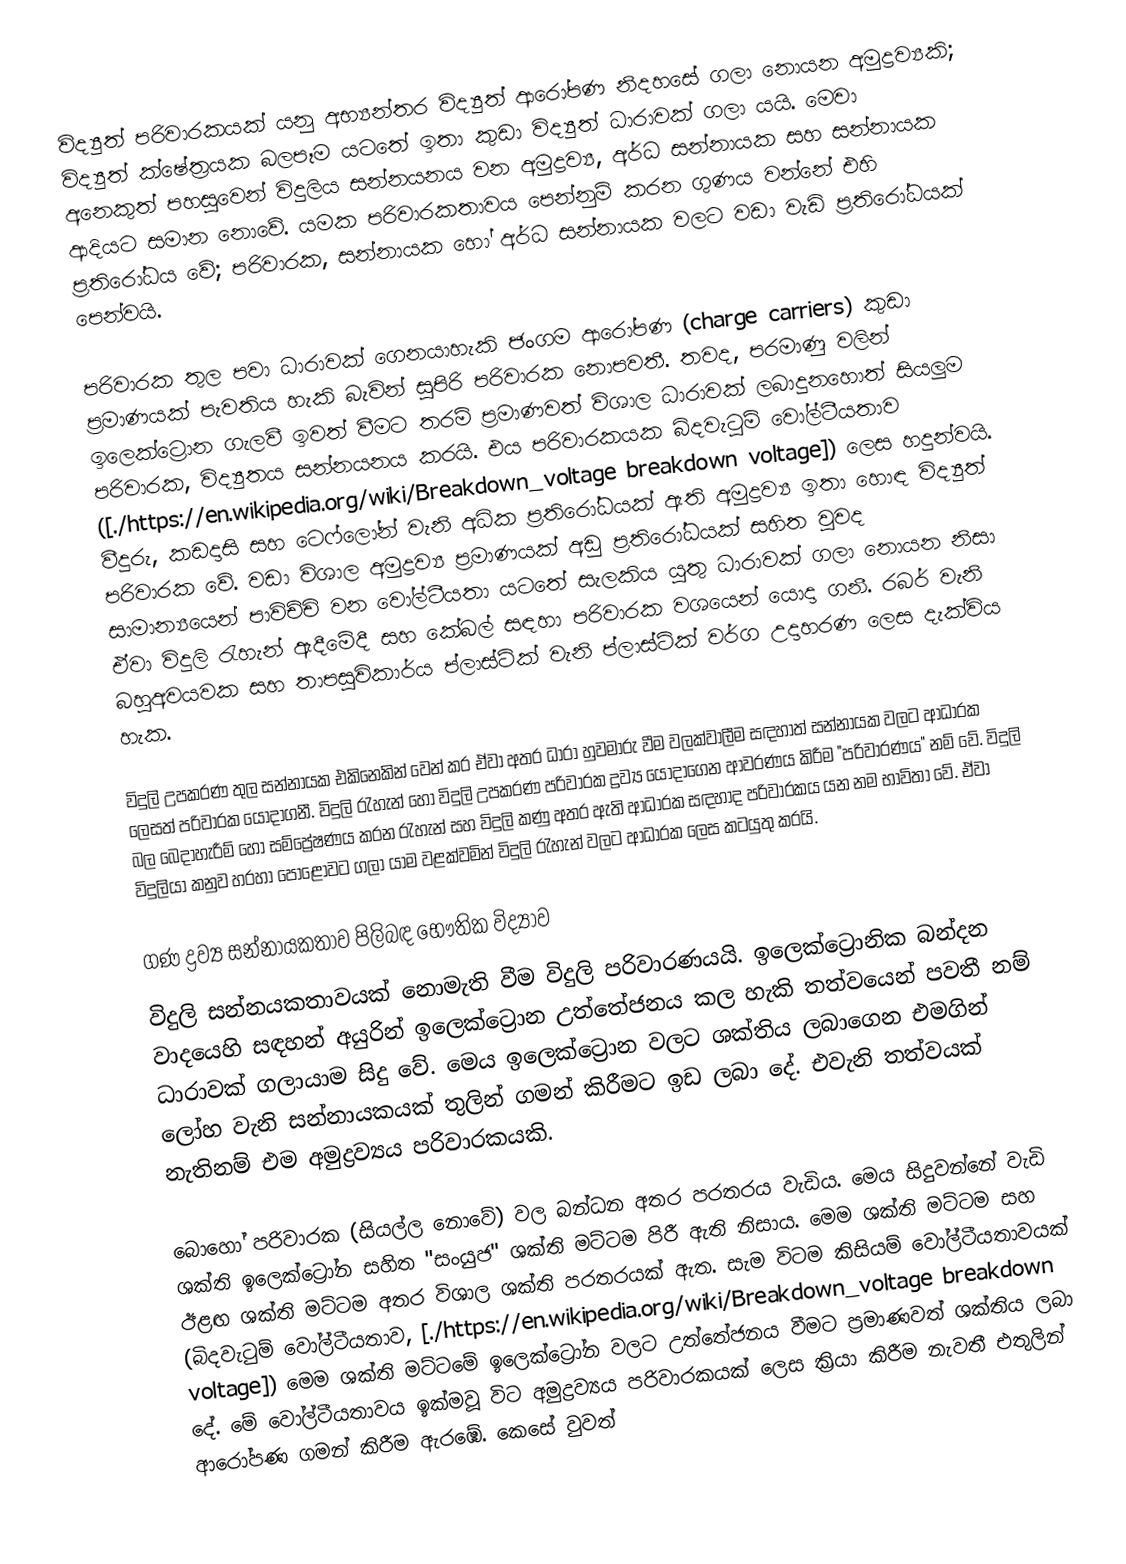
විද්‍යුත් පරිවාරකයක් යනු අභ්‍යන්තර විද්‍යුත් ආරෝපණ නිදහසේ ගලා නොයන අමුද්‍රව්‍යකි; විද්‍යුත් ක්ෂේත්‍රයක බලපෑම යටතේ ඉතා කුඩා විද්‍යුත් ධාරාවක් ගලා යයි. මෙවා අනෙකුත් පහසුවෙන් විදුලිය සන්නයනය වන අමුද්‍රව්‍ය, අර්ධ සන්නායක සහ සන්නායක ආදියට සමාන නොවේ. යමක පරිවාරකතාවය පෙන්නුම් කරන ගුණය වන්නේ එහි ප්‍රතිරෝධය වේ; පරිවාරක, සන්නායක හෝ අර්ධ සන්නායක වලට වඩා වැඩි ප්‍රතිරෝධයක් පෙන්වයි.

පරිවාරක තුල පවා ධාරාවක් ගෙනයාහැකි ජංගම ආරෝපණ (charge carriers) කුඩා ප්‍රමාණයක් පැවතිය හැකි බැවින් සුපිරි පරිවාරක නොපවතී. තවද, පරමාණු වලින් ඉලෙක්ට්‍රොන ගැලවී ඉවත් වීමට තරම් ප්‍රමාණවත් විශාල ධාරාවක් ලබාදුනහොත්  සියලුම පරිවාරක, විද්‍යුතය සන්නයනය කරයි. එය පරිවාරකයක බිදවැටුම් වෝල්ටීයතාව ([./https://en.wikipedia.org/wiki/Breakdown_voltage breakdown voltage]) ලෙස හදුන්වයි. වීදුරු, කඩදාසි සහ ටෙෆ්ලෝන්  වැනි අධික ප්‍රතිරෝධයක් ඇති අමුද්‍රව්‍ය ඉතා හොඳ විද්‍යුත් පරිවාරක වේ. වඩා විශාල අමුද්‍රව්‍ය ප්‍රමාණයක් අඩු ප්‍රතිරෝධයක් සහිත වුවද සාමාන්‍යයෙන් පාවිච්චි වන වෝල්ටීයතා යටතේ සැලකිය යුතු ධාරාවක් ගලා නොයන නිසා ඒවා විදුලි රැහැන් ඇදීමේදී සහ කේබල් සඳහා පරිවාරක වශයෙන් යොදා ගනී. රබර් වැනි බහුඅවයවක සහ තාපසුවිකාර්ය ප්ලාස්ටික් වැනි ප්ලාස්ටික් වර්ග උදාහරණ ලෙස දැක්විය හැක.

විදුලි උපකරණ තුල සන්නායක එකිනෙකින් වෙන් කර ඒවා අතර ධාරා හුවමාරු වීම වලක්වාලීම සඳහාත් සන්නායක වලට ආධාරක ලෙසත් පරිවාරක යොදාගනී. විදුලි රැහැන් හෝ විදුලි උපකරණ පරිවාරක ද්‍රව්‍ය යොදාගෙන ආවරණය කිරීම "පරිවාරණය" නම් වේ. විදුලි බල බෙදාහැරීම් හෝ සම්ප්‍රේෂණය කරන රැහැන් සහ විදුලි කණු අතර ඇති ආධාරක සඳහාද පරිවාරකය යන නම භාවිතා වේ. ඒවා විදුලියා කනුව හරහා පොළොවට ගලා යාම වළක්වමින් විදුලි රැහැන් වලට ආධාරක ලෙස කටයුතු කරයි.

ගණ ද්‍රව්‍ය සන්නායකතාව පිලිබඳ භෞතික විද්‍යාව
විදුලි සන්නයකතාවයක් නොමැති වීම විදුලි පරිවාරණයයි. ඉලෙක්ට්‍රොනික බන්දන වාදයෙහි සඳහන් අයුරින් ඉලෙක්ට්‍රොන උත්තේජනය කල හැකි තත්වයෙන් පවතී නම් ධාරාවක් ගලායාම සිදු වේ. මෙය ඉලෙක්ට්‍රොන වලට ශක්තිය ලබාගෙන එමගින් ලෝහ වැනි සන්නායකයක් තුලින් ගමන් කිරීමට ඉඩ ලබා දේ. එවැනි තත්වයක් නැතිනම් එම අමුද්‍රව්‍යය පරිවාරකයකි.

බොහෝ පරිවාරක (සියල්ල නොවේ) වල බන්ධන අතර පරතරය වැඩිය. මෙය සිදුවන්නේ වැඩි ශක්ති ඉලෙක්ට්‍රෝන සහිත "සංයුජ" ශක්ති මට්ටම පිරී ඇති නිසාය. මෙම ශක්ති මට්ටම සහ ඊළඟ ශක්ති මට්ටම අතර  විශාල ශක්ති පරතරයක් ඇත. සැම විටම කිසියම් වෝල්ටීයතාවයක් (බිදවැටුම් වෝල්ටීයතාව, [./https://en.wikipedia.org/wiki/Breakdown_voltage breakdown voltage]) මෙම ශක්ති මට්ටමේ ඉලෙක්ට්‍රෝන වලට උත්තේජනය වීමට ප්‍රමාණවත් ශක්තිය ලබා දේ.  මේ වෝල්ටීයතාවය ඉක්මවූ විට අමුද්‍රව්‍යය පරිවාරකයක් ලෙස ක්‍රියා කිරීම නැවතී එතුලින් ආරෝපණ ගමන් කිරීම ඇරඹේ. කෙසේ වුවත්